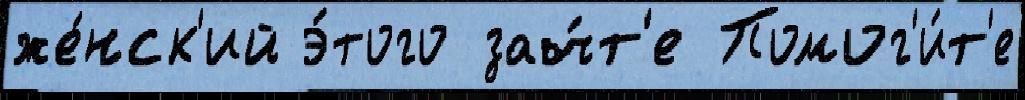
же́нск'ий э́того зач́т'е Помог'и́т'е